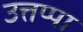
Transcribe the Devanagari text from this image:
उत्तप्पा